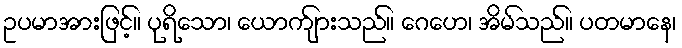
ဥပမာအားဖြင့်။ ပုရိသော၊ ယောက်ျားသည်။ ဂေဟေ၊ အိမ်သည်။ ပတမာနေ၊